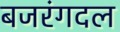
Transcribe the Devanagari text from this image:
बजरंगदल